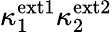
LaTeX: \kappa_{1}^{\mathrm{ext1}}\kappa_{2}^{\mathrm{ext2}}